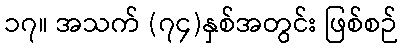
၁၇။ အသက် (၇၄)နှစ်အတွင်း ဖြစ်စဉ်